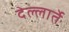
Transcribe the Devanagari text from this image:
देल्लार्ते